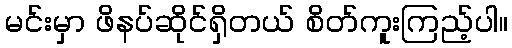
မင်းမှာ ဖိနပ်ဆိုင်ရှိတယ် စိတ်ကူးကြည့်ပါ။